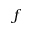
f